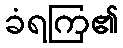
ခံရကြ၏